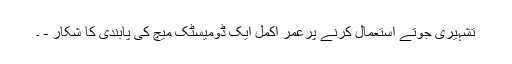
تشہیری جوتے استعمال کرنے پرعمر اکمل ایک ڈومیسٹک میچ کی پابندی کا شکار - ۔